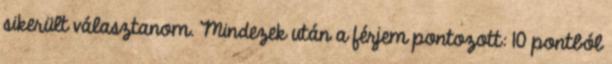
sikerült választanom. Mindezek után a férjem pontozott: 10 pontból